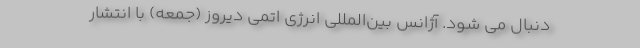
دنبال می شود. آژانس بین‌المللی انرژی اتمی دیروز (جمعه) با انتشار